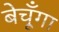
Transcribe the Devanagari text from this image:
बेचूँगा